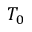
T _ { 0 }